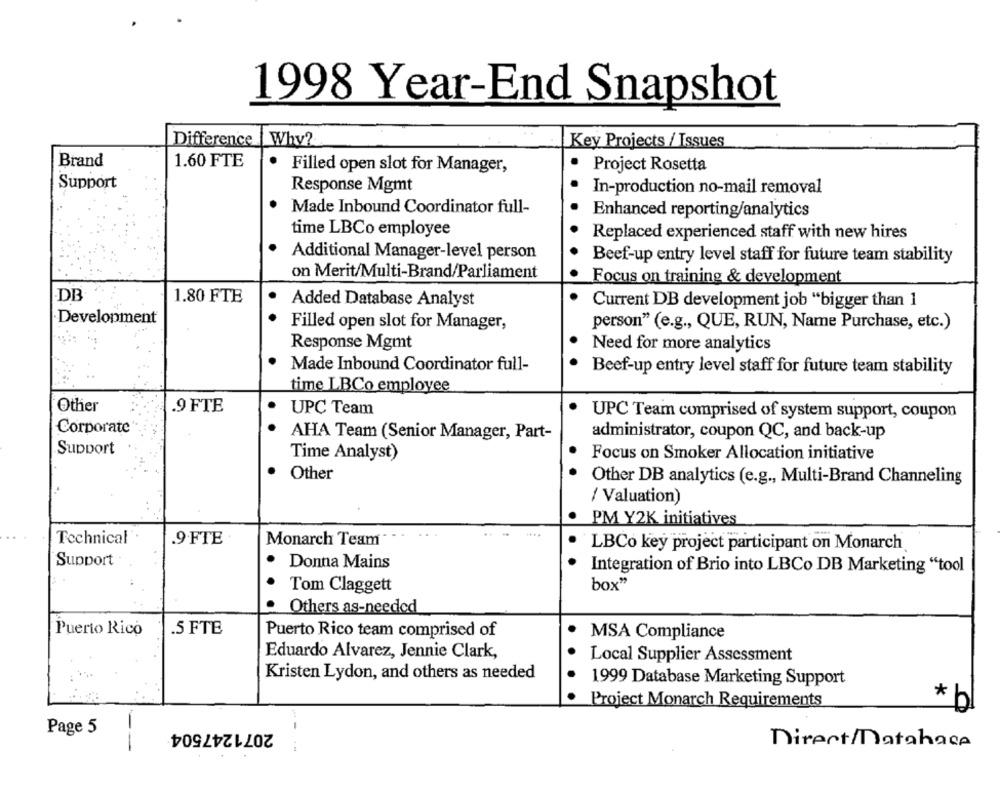
1998 Year-End Snapshot
Difference
Why?
Key Projects / Issues
Brand
1.60 FTE
Project Rosetta
Filled open slot for Manager,
Support
Response Mgmt
In-production no-mail removal
Made Inbound Coordinator full-
Enhanced reporting/analytics
time LBCo employee
Replaced experienced staff with new hires
Additional Manager-level person
Beef-up entry level staff for future team stability
on Merit/Multi-Brand/Parliament
Focus on training & development
DB
1.80 FTE
Added Database Analyst
Current DB development job "bigger than 1
Development
Filled open slot for Manager,
person" (e.g ., QUE, RUN, Name Purchase, etc.)
Response Mgmt
Need for more analytics
Made Inbound Coordinator full-
Beef-up entry level staff for future team stability
time LBCo employee
Other
.9 FTE
UPC Team
UPC Team comprised of system support, coupon
Corporate
AHA Team (Senior Manager, Part-
administrator, coupon QC, and back-up
Support
Time Analyst)
Focus on Smoker Allocation initiative
Other
Other DB analytics (e.g ., Multi-Brand Channeling
/ Valuation)
PM Y2K initiatives
Technical
.9.FTE
Monarch Team
LBCo key project participant on Monarch
Support
Donna Mains
Integration of Brio into LBCo DB Marketing "tool
box"
Tom Claggett
Others as-needed
Puerto Rico
.5 FTE
Puerto Rico team comprised of
MSA Compliance
Eduardo Alvarez, Jennie Clark,
Local Supplier Assessment
Kristen Lydon, and others as needed
1999 Database Marketing Support
*
Project Monarch Requirements
2071247504
Page 5
Direct/Database